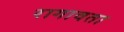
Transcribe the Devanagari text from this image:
रागावता